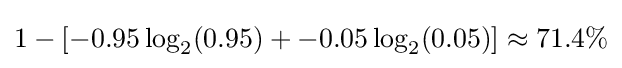
1-[-0.95\log _{2}(0.95)+-0.05\log _{2}(0.05)]\approx 71.4\%